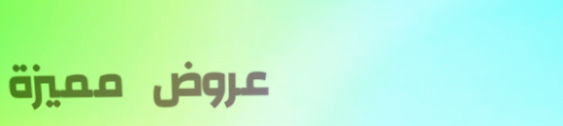
عروض مميزة